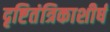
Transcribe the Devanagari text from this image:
दृष्टितंत्रिकाशीर्ष